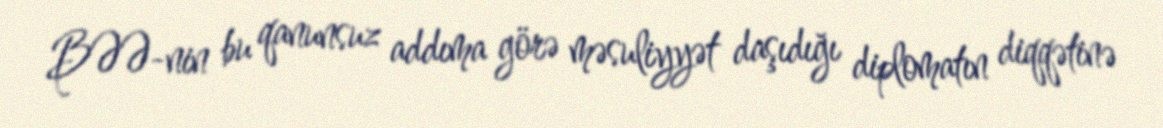
BƏƏ-nin bu qanunsuz addıma görə məsuliyyət daşıdığı diplomatın diqqətinə